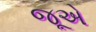
જૂએ